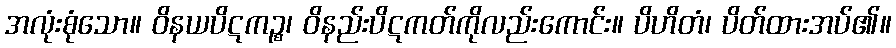
အလုံးစုံသော။ ဝိနယပိဋကဉ္စ၊ ဝိနည်းပိဋကတ်ကိုလည်းကောင်း။ ပိဟိတံ၊ ပိတ်ထားအပ်၏။